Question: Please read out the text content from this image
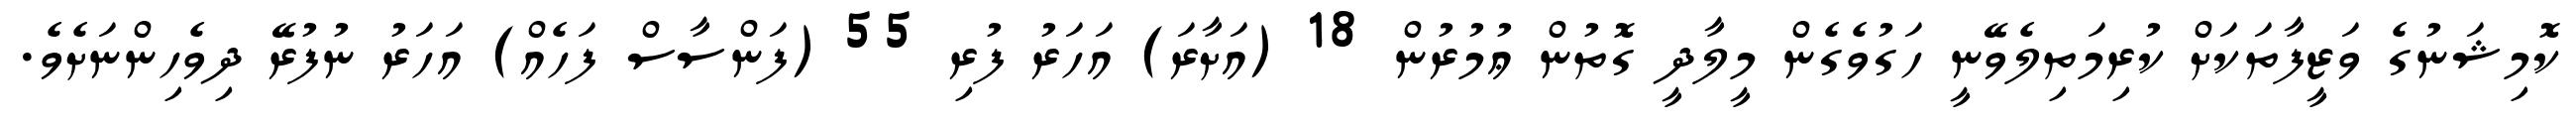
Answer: ކޮމިޝަނުގެ ވަޒީފާތަކަށް ކުރިމަތިލެވޭނީ ހަގުވެގެން މީލާދީ ގޮތުން ޢުމުރުން 18 (އަށާރަ) އަހަރު ފުރި 55 (ފަންސާސް ފަހެއް) އަހަރު ނުފުރޭ ދިވެހިންނަށެވެ.